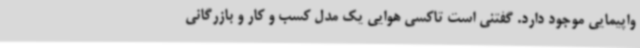
واپیمایی موجود دارد. گفتنی است تاکسی هوایی یک مدل کسب و کار و بازرگانی